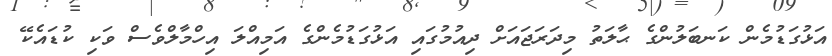
އަޅުގަޑުމެން ކަނބަލުންގެ ޙާލަތު މިދަރަޖައަށް ދިއުމުގައި އަޅުގަޑުމެންގެ އަމިއްލަ އިހްމާލްވެސް ވަކި ކުޑައެކޭ